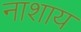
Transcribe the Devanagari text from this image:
नाशाय